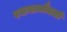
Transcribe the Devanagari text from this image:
रचनाकौशलों